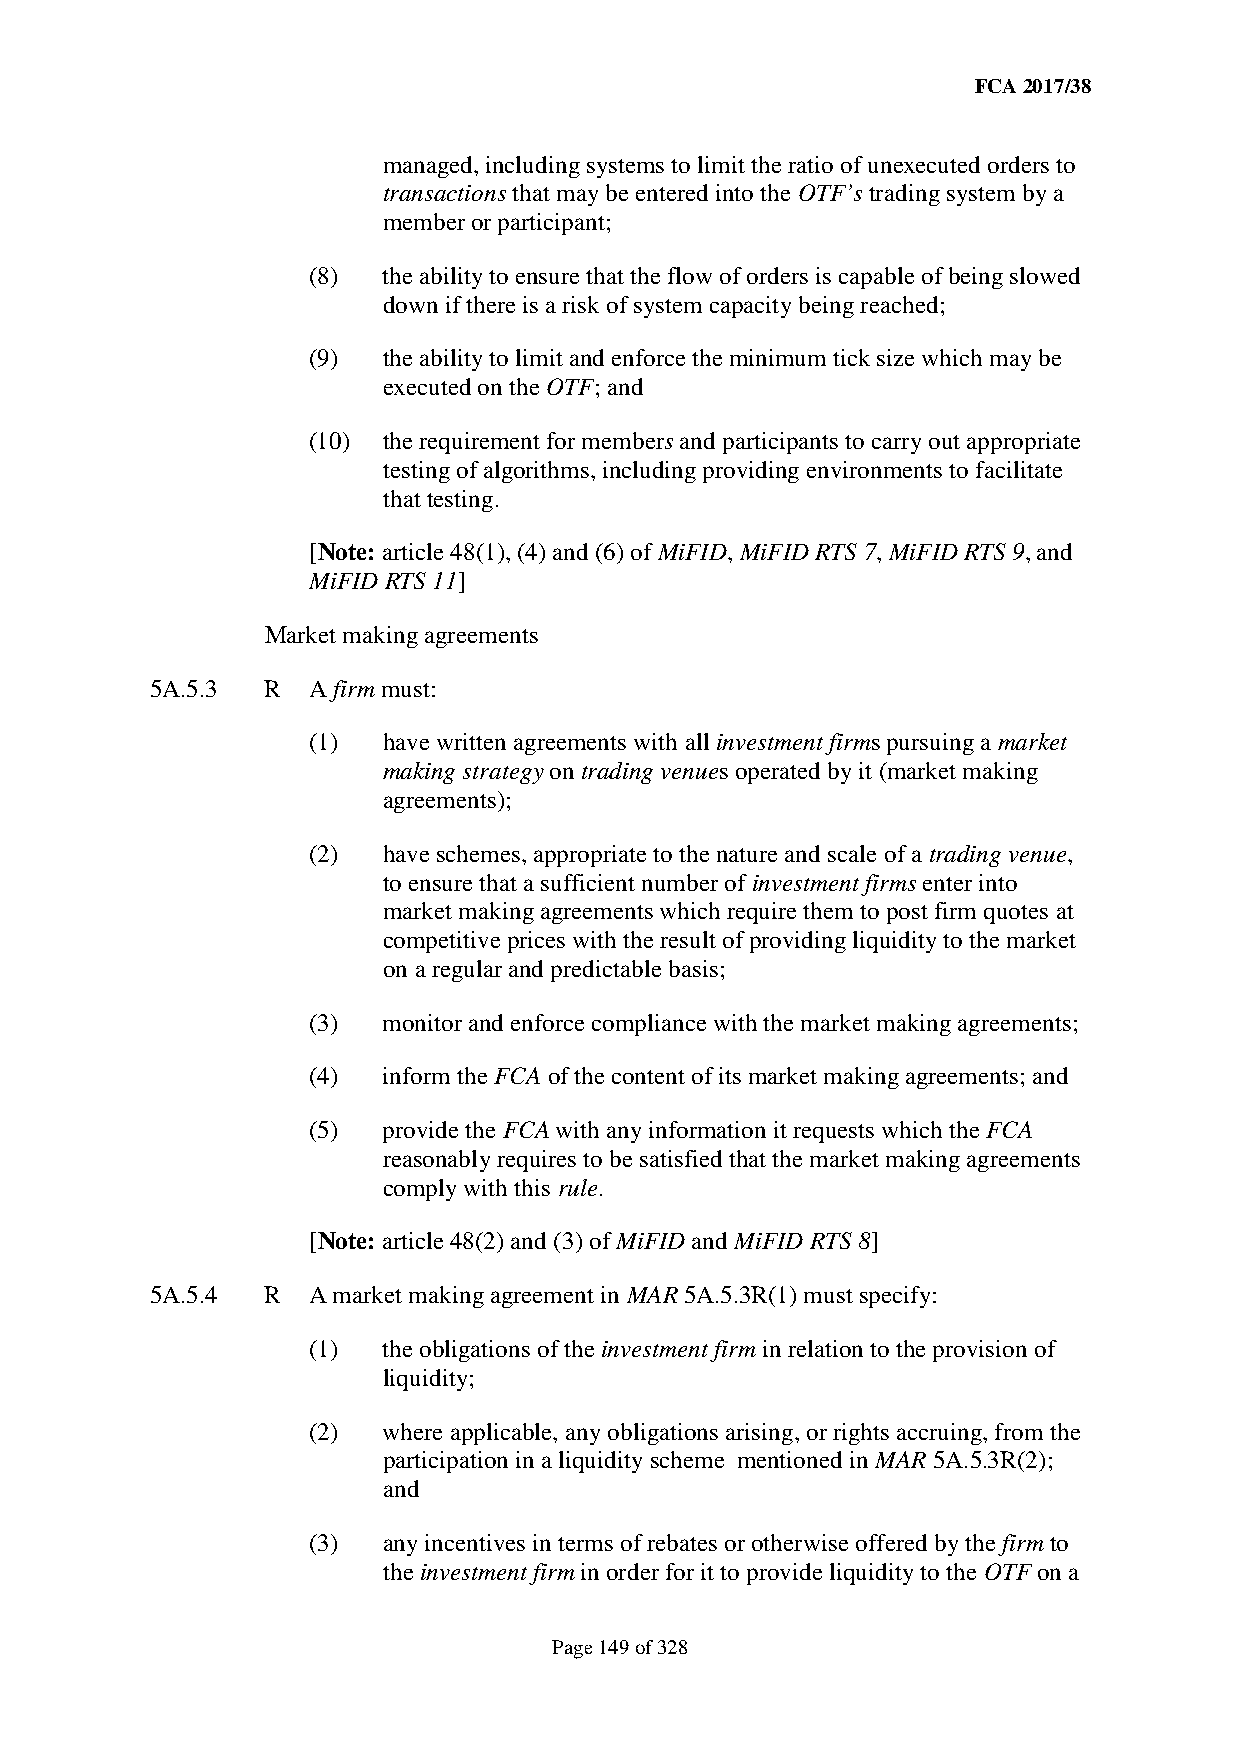
FCA 2017/38
 managed, including systems to limit the ratio of unexecuted orders to
 transactions that may be entered into the OTF’s trading system by a
 member or participant;
 (8)  the ability to ensure that the flow of orders is capable of being slowed
 down if there is a risk of system capacity being reached;
 (9)  the ability to limit and enforce the minimum tick size which may be
 executed on the OTF; and
 (10) the requirement for members and participants to carry out appropriate
 testing of algorithms, including providing environments to facilitate
 that testing.
 [Note: article 48(1), (4) and (6) of MiFID, MiFID RTS 7, MiFID RTS 9, and
 MiFID RTS 11]
 Market making agreements
 5A.5.3  R A firm must:
 (1)  have written agreements with all investment firms pursuing a market
 making strategy on trading venues operated by it (market making
 agreements);
 (2)  have schemes, appropriate to the nature and scale of a trading venue,
 to ensure that a sufficient number of investment firms enter into
 market making agreements which require them to post firm quotes at
 competitive prices with the result of providing liquidity to the market
 on a regular and predictable basis;
 (3)  monitor and enforce compliance with the market making agreements;
 (4)  inform the FCA of the content of its market making agreements; and
 (5)  provide the FCA with any information it requests which the FCA
 reasonably requires to be satisfied that the market making agreements
 comply with this rule.
 [Note: article 48(2) and (3) of MiFID and MiFID RTS 8]
 5A.5.4  R A market making agreement in MAR 5A.5.3R(1) must specify:
 (1)  the obligations of the investment firm in relation to the provision of
 liquidity;
 (2)  where applicable, any obligations arising, or rights accruing, from the
 participation in a liquidity scheme mentioned in MAR 5A.5.3R(2);
 and
 (3)  any incentives in terms of rebates or otherwise offered by the firm to
 the investment firm in order for it to provide liquidity to the OTF on a
 Page 149 of 328